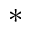
^ *